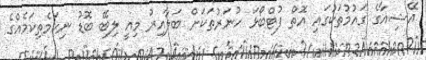
އޭޝިއާގެ ގައުމުތަކުގައި އޮތް ފުޓްބޯޅަ ހުނަރުތަކަށް ބަލާއިރު މިއީ ލިބޭ ބޮޑު ނިކަމެތިކަމެއްގެ